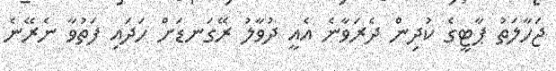
ޖަހާލަތު ޕާޓީގެ ކުދިން ދެރަވާނެ އެއީ ދުވާލު ރޭގަނޑަށް ހަދައި ފަތުވާ ނެރޭނެ